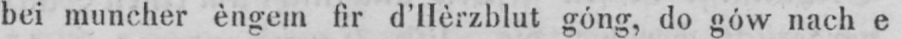
bei muncher èngem fir d’Hèrzblut góng, do gów nach e